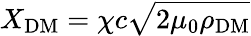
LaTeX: X_{\mathrm{DM}}=\chi c\sqrt{2\mu_{0}\rho_{\mathrm{DM}}}